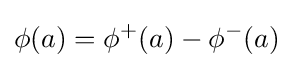
\phi (a)=\phi ^{+}(a)-\phi ^{-}(a)